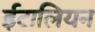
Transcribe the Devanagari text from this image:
ईटालियन